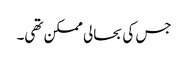
جس کی بحالی ممکن تھی۔